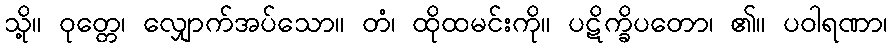
သို့။ ဝုတ္တေ၊ လျှောက်အပ်သော။ တံ၊ ထိုထမင်းကို။ ပဋိက္ခိပတော၊ ၏။ ပဝါရဏာ၊